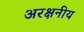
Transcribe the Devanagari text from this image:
अरक्षनीय